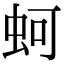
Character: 蚵